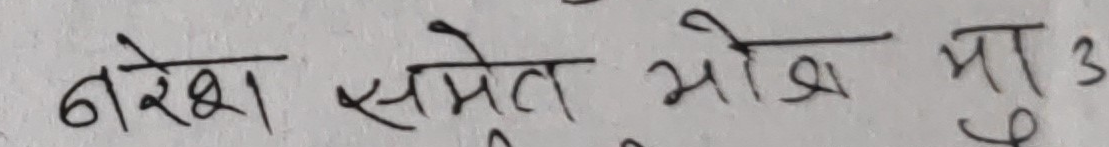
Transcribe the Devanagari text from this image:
नरेश समेत जोश मा 3